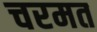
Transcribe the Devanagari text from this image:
चरमत